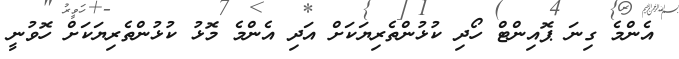
އެންމެ ގިނަ ޕޮއިންޓް ހޯދި ކުޅުންތެރިޔަކަށް އަދި އެންމެ މޮޅު ކުޅުންތެރިޔަކަށް ހޮވުނީ